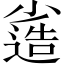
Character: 𡮯